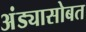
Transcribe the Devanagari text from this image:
अंड्यासोबत